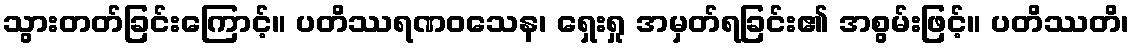
သွားတတ်ခြင်းကြောင့်။ ပတိဿရဏဝသေန၊ ရှေးရှု အမှတ်ရခြင်း၏ အစွမ်းဖြင့်။ ပတိဿတိ၊